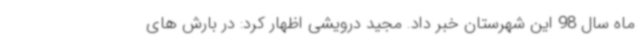
ماه سال 98 این شهرستان خبر داد. مجید درویشی اظهار کرد: در بارش های